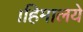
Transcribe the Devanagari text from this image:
।हिमालये